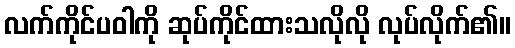
လက်ကိုင်ပဝါကို ဆုပ်ကိုင်ထားသလိုလို လုပ်လိုက်၏။